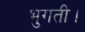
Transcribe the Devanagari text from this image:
भुगती।